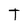
Character: T